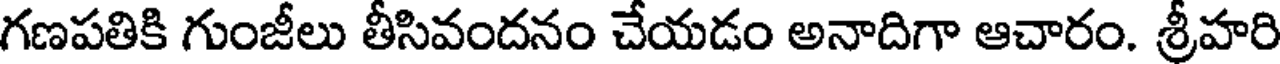
గణపతికి గుంజీలు తీసివందనం చేయడం అనాదిగా ఆచారం. శ్రీహరి